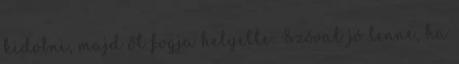
kidobni, majd őt fogja helyette: Szóval jó lenne, ha